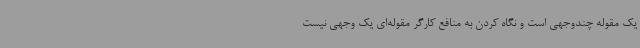
یک مقوله چندوجهی است و نگاه کردن به منافع کارگر مقوله‌ای یک وجهی نیست